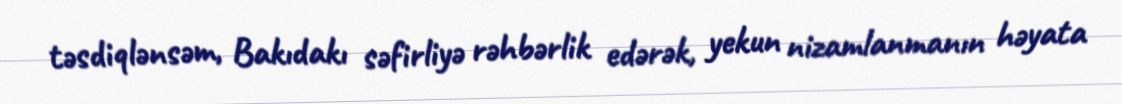
təsdiqlənsəm, Bakıdakı səfirliyə rəhbərlik edərək, yekun nizamlanmanın həyata